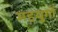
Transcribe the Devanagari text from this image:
महयुगों